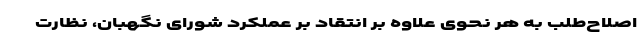
اصلاح‌طلب به هر نحوی علاوه بر انتقاد بر عملکرد شورای نگهبان، نظارت